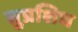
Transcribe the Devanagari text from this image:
सुप्रशिध